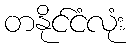
တနိုင်ငံလုံး